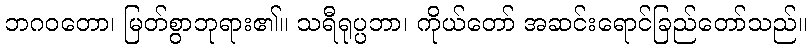
ဘဂဝတော၊ မြတ်စွာဘုရား၏။ သရီရုပ္ပဘာ၊ ကိုယ်တော် အဆင်းရောင်ခြည်တော်သည်။